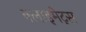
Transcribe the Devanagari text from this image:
क्लाइमेट्स